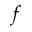
f